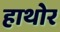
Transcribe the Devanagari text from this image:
हाथोर